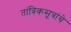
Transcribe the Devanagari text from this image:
तांत्रिकसूत्रांचे